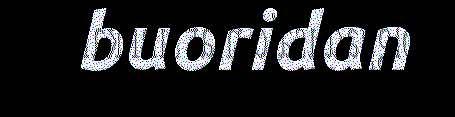
buoridan